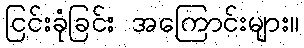
ငြင်းခုံခြင်း အကြောင်းများ။